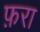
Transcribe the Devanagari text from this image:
फ़रा